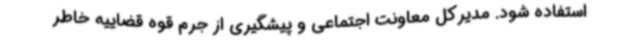
استفاده شود. مدیرکل معاونت اجتماعی و پیشگیری از جرم قوه قضاییه خاطر